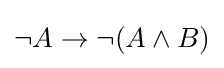
\neg A\to \neg (A\land B)